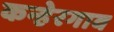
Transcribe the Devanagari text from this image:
कन्हेरगाव